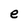
Character: e